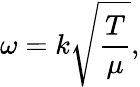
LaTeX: \omega=k{\sqrt{\frac{T}{\mu}}},